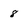
Character: 8